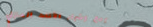
بيع وشراء الأثاث المنزلي